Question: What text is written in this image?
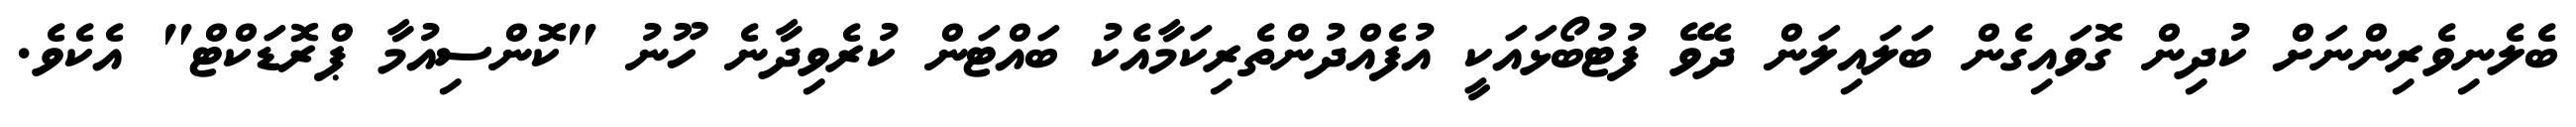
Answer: ބެލެނިވެރިންނަށް ކުދިން ގޮވައިގެން ބަލައިލަން ދެވޭ ފުޓުބޯޅައަކީ އުފެއްދުންތެރިކަމާއެކު ބައްޓަން ކުރެވިދާނެ ހޫނު "ކޮންސިއުމާ ޕްރޮޑަކްޓް" އެކެވެ.